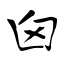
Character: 囟